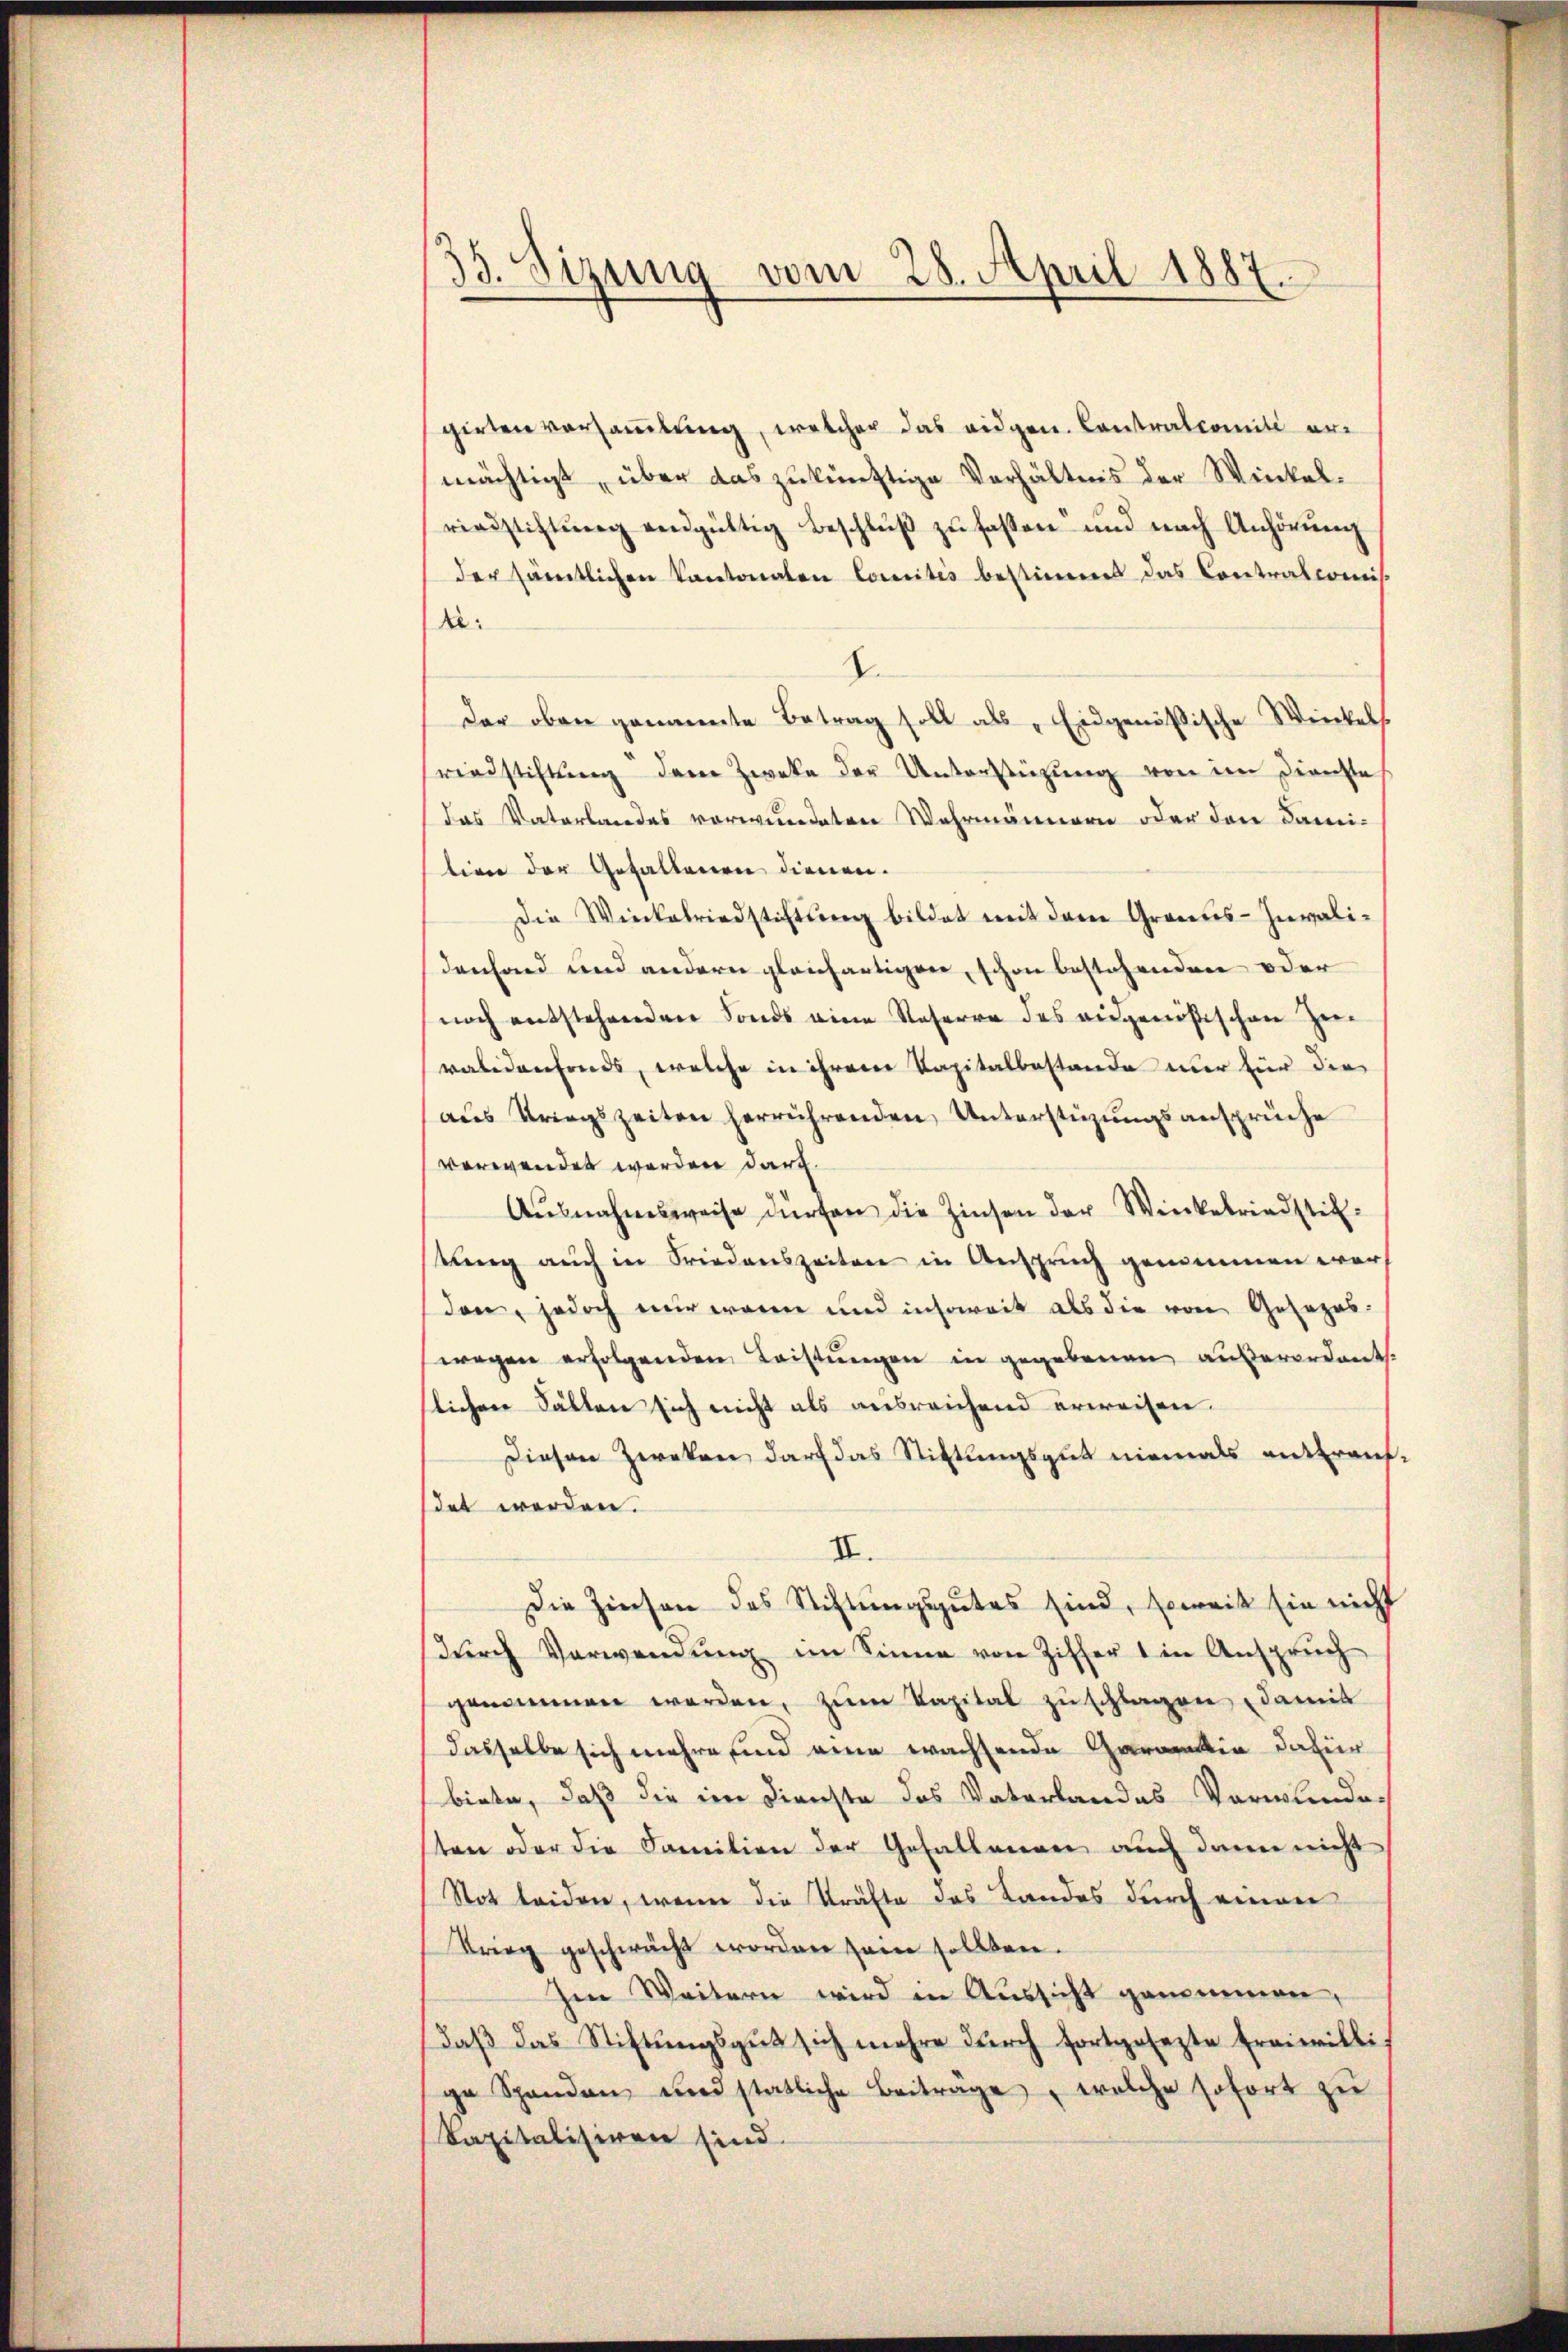
33. Sizung vom 28. April 1887.

girten versaṁlŭng, welcher das eidgen. Contralcomite ermächtigt, über das zukünftige Verhältnis der Winkelriadstiftŭng endgültig Beschlŭβ zŭ fassen und nach Anhörŭng
der sämtlichen Kantonalen Comites bestimmt das Contralcomis
2:
2.
der oben genannte Betrag soll als „Eidgenössische Winkels
rindstiftung dem Zweke der Unterstüzung von im Dienste
das Vaterlandes verwundeten Wahrmännern oder den Dami-
tirne der Gefallenen dienen.
Die Winkelriedstiftŭng bildet mit dem Grands-Invali-
denhand und andern gleichartigen, schon bestehenden oder
noch entstehenden Fonds eine Steherre des ausgenößischen Zeivalidenfonds, welche in ihrem Vapitalbestande nur für die
aus Kriegszeiten herrührenden Unterstüzungsansprüche
verwendet werden darf.
Aŭsnahmsweise dürfen die Zinsen der Winkelriedstik.
stung auch in Friedenszeiten in Anspruch genommen werden, jedoch nur waren und insoweit als die von Gesezes-
wegen erfolgenden Leistungen in gegebenen außerordent.
lichen Fällen sich nicht als ausreichend erweisen.
Diesen Zweken darf das Stiftungsgut niemals enttrauf-
det werden.
II.
Die Zinsen des Stiftungsgutes sind, soweit sie nicht
dŭrch Verwendŭng im Sinne von Ziffer 1 in Anspruch
genommen worden, zum Vapital zu schlagen damit
dasselbe sich mehre sind eine wachsende Garantin dafür
biete, daß die im Dienste des Vaterlandes Vormundes
ten oder die Familien der Gefallenen auch dann nicht
Not leiden, wenn die Kräfte das Landes durch einen
Krieg geschwächt worden sei sollten.
Im Weitern wird in Aussicht genommen,
daβ das Stiftŭngsgŭt sich mehre dŭrch fortgesezte Ereiwilli
ga Spanden und statliche Beitrage, welche sofort zu
kapitalisiren sind.